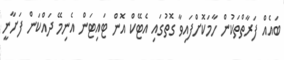
ބައެއް ފަރާތްތަކުން ހާމަކޮށްފައިވާ ގޮތުގައި އެޓޭކް އޮން ޓައިޓަން އެނިމޭ ދައްކަން ފަށާނީ